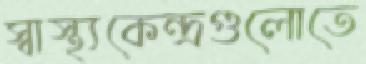
স্বাস্থ্যকেন্দ্রগুলোতে